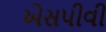
એસપીવી